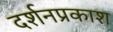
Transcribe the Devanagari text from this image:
दर्शनप्रकाश